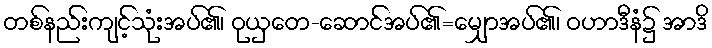
တစ်နည်းကျင့်သုံးအပ်၏၊ ဝုယှတေ-ဆောင်အပ်၏=မျှောအပ်၏၊ ဝဟာဒီနံ၌ အာဒိ